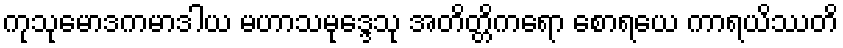
ကုသုမောဒကမာဒါယ မဟာသမုဒ္ဒေသု အတိတ္တိကရော စောရယေ ကာရယိဿတိ